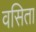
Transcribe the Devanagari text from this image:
वसिता